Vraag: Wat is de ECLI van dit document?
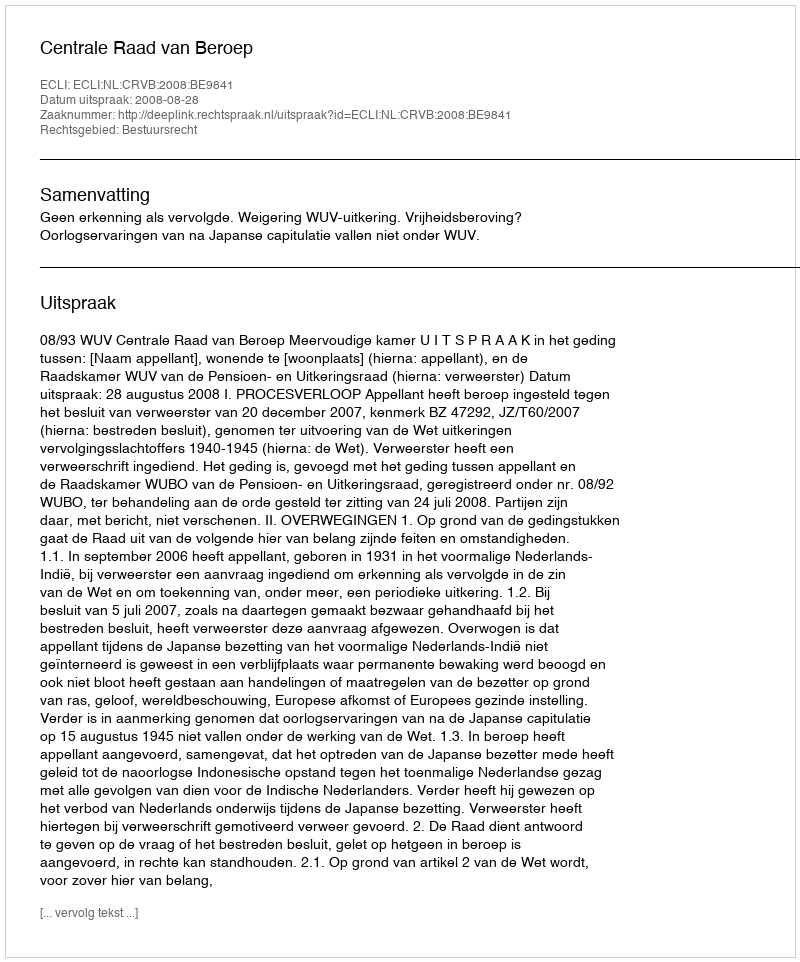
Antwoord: ECLI:NL:CRVB:2008:BE9841